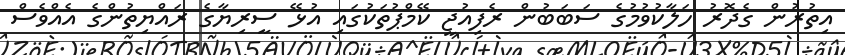
އިތުރުން ގެދޮރު ހަލާކުވުމުގެ ސަބަބުން ރެފިއުޖީ ކޭމްޕުތަކުގައި އުޅޭ ސީރިޔާގެ ރައްޔިތުންގެ އެއްވެސް